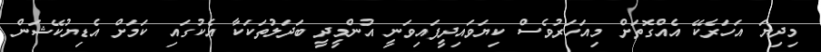
މިދިޔަ އަހަރެކޭ އެއްގޮތަށް މިއަހަރުވެސް ކިޔަވައިދީފައިވަނީ އުންމީދީ ބަދަލުތަކަކާ އެކުގައި ކަމަށް އެޑިޔުކޭޝަން